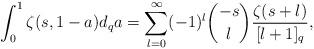
LaTeX: \begin{align*}\int_0^1 \zeta(s,1-a)d_qa=\sum_{l=0}^\infty(-1)^l\binom{-s}{l}\frac{\zeta(s+l)}{[l+1]_q},\end{align*}